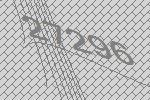
27296